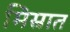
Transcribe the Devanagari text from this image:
मिस्रात